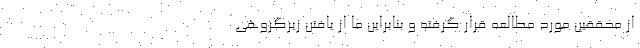
از محققین مورد مطالعه قرار گرفته و بنابراین ما از یافتن زیرگروهی